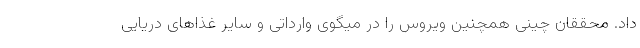
داد. محققان چینی همچنین ویروس را در میگوی وارداتی و سایر غذاهای دریایی